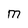
Character: M